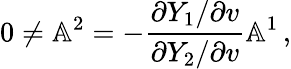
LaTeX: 0\neq\mathbb{A}^{2}=-\frac{\partial Y_{1}/\partial v}{\partial Y_{2}/\partial v}\mathbb{A}^{1}\, ,